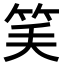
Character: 𥬘